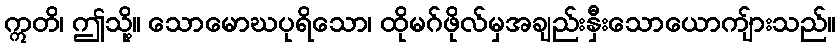
ဣတိ၊ ဤသို့။ သောမောဃပုရိသော၊ ထိုမဂ်ဖိုလ်မှအချည်းနှီးသောယောကျ်ားသည်။